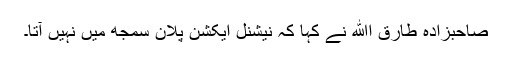
صاحبزادہ طارق اﷲ نے کہا کہ نیشنل ایکشن پلان سمجھ میں نہیں آتا۔